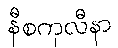
နီစကုလီနာ